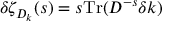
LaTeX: \delta \zeta _ { D _ { k } } ( s ) = s \mathrm { T r } ( D ^ { - s } \delta k )